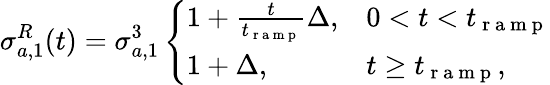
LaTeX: \sigma_{a,1}^{R}(t)=\sigma_{a,1}^{3}\left\{ \begin{array}{ll}{1+\frac{t}{t_{\mathrm{~r~a~m~p~}}}\Delta,}&{0<t<t_{\mathrm{~r~a~m~p~}}}\\ {1+\Delta,}&{t\ge t_{\mathrm{~r~a~m~p~}},}\end{array}\right.